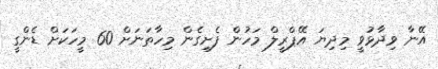
އޭނާ ވިދާޅުވީ މިދިޔަ އޭޕްރީލް މަހުން ފެށިގެން މިހާތަނަށް 60 މީހަކަށް ޑެންގީ